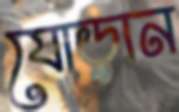
যোড়ান